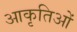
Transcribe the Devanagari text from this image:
आकृतिओं